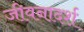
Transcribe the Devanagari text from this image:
जीवनादर्श